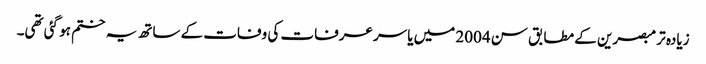
زیادہ تر مبصرین کے مطابق سن 2004 میں یاسر عرفات کی وفات کے ساتھ یہ ختم ہو گئی تھی۔